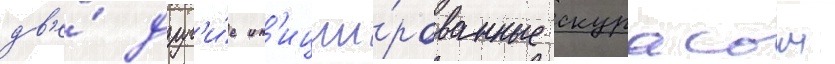
дв'е́ друг'и́е ин'иции́рованные скурасом